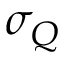
\sigma _ { Q }